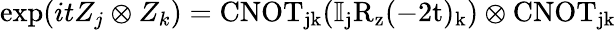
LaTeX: \exp(itZ_{j}\otimes Z_{k})=\mathrm{{CNOT}_{jk}(\mathbb{I}_{j}R_{z}(-2t)_{k})\otimes\mathrm{{CNOT}_{jk}}}